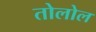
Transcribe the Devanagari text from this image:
तोलोल